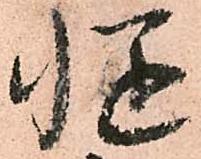
慥